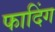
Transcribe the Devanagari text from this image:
फादिंग